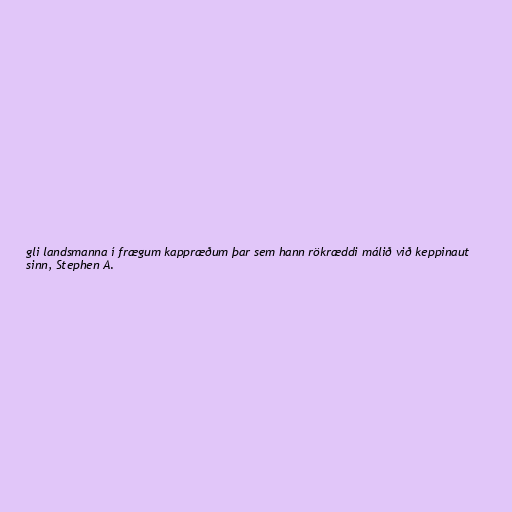
gli landsmanna í frægum kappræðum þar sem hann rökræddi málið við keppinaut
sinn, Stephen A.